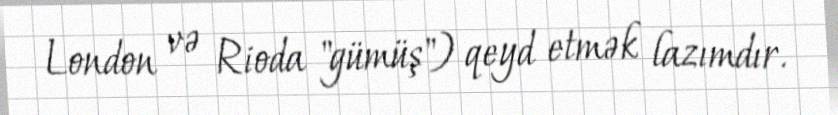
London və Rioda "gümüş") qeyd etmək lazımdır.